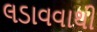
લડાવવાથી